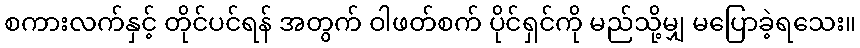
စကားလက်နှင့် တိုင်ပင်ရန် အတွက် ဝါဖတ်စက် ပိုင်ရှင်ကို မည်သို့မျှ မပြောခဲ့ရသေး။